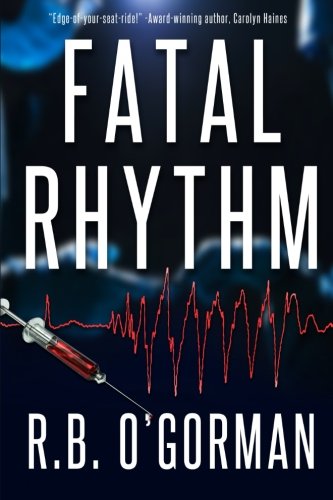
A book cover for Fatal Rhythm: A Medical Thriller and Christian Mystery (Texas Medical Center Mystery) (Volume 1); R. B. O'Gorman; Mystery, Thriller & Suspense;